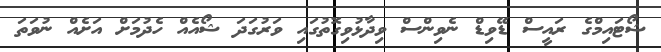
ޝޯޓައިމްގެ ރައީސް ޑޭވިޑް ނެވިންސް ވިދާޅުވިގޮތުގައި ވަރުގަދަ ޝޯއެއް ހެދުމަށް އަށެއް ނުވަތަ